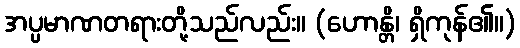
အပ္ပမာဏတရားတို့သည်လည်း။ (ဟောန္တိ၊ ရှိကုန်၏။)